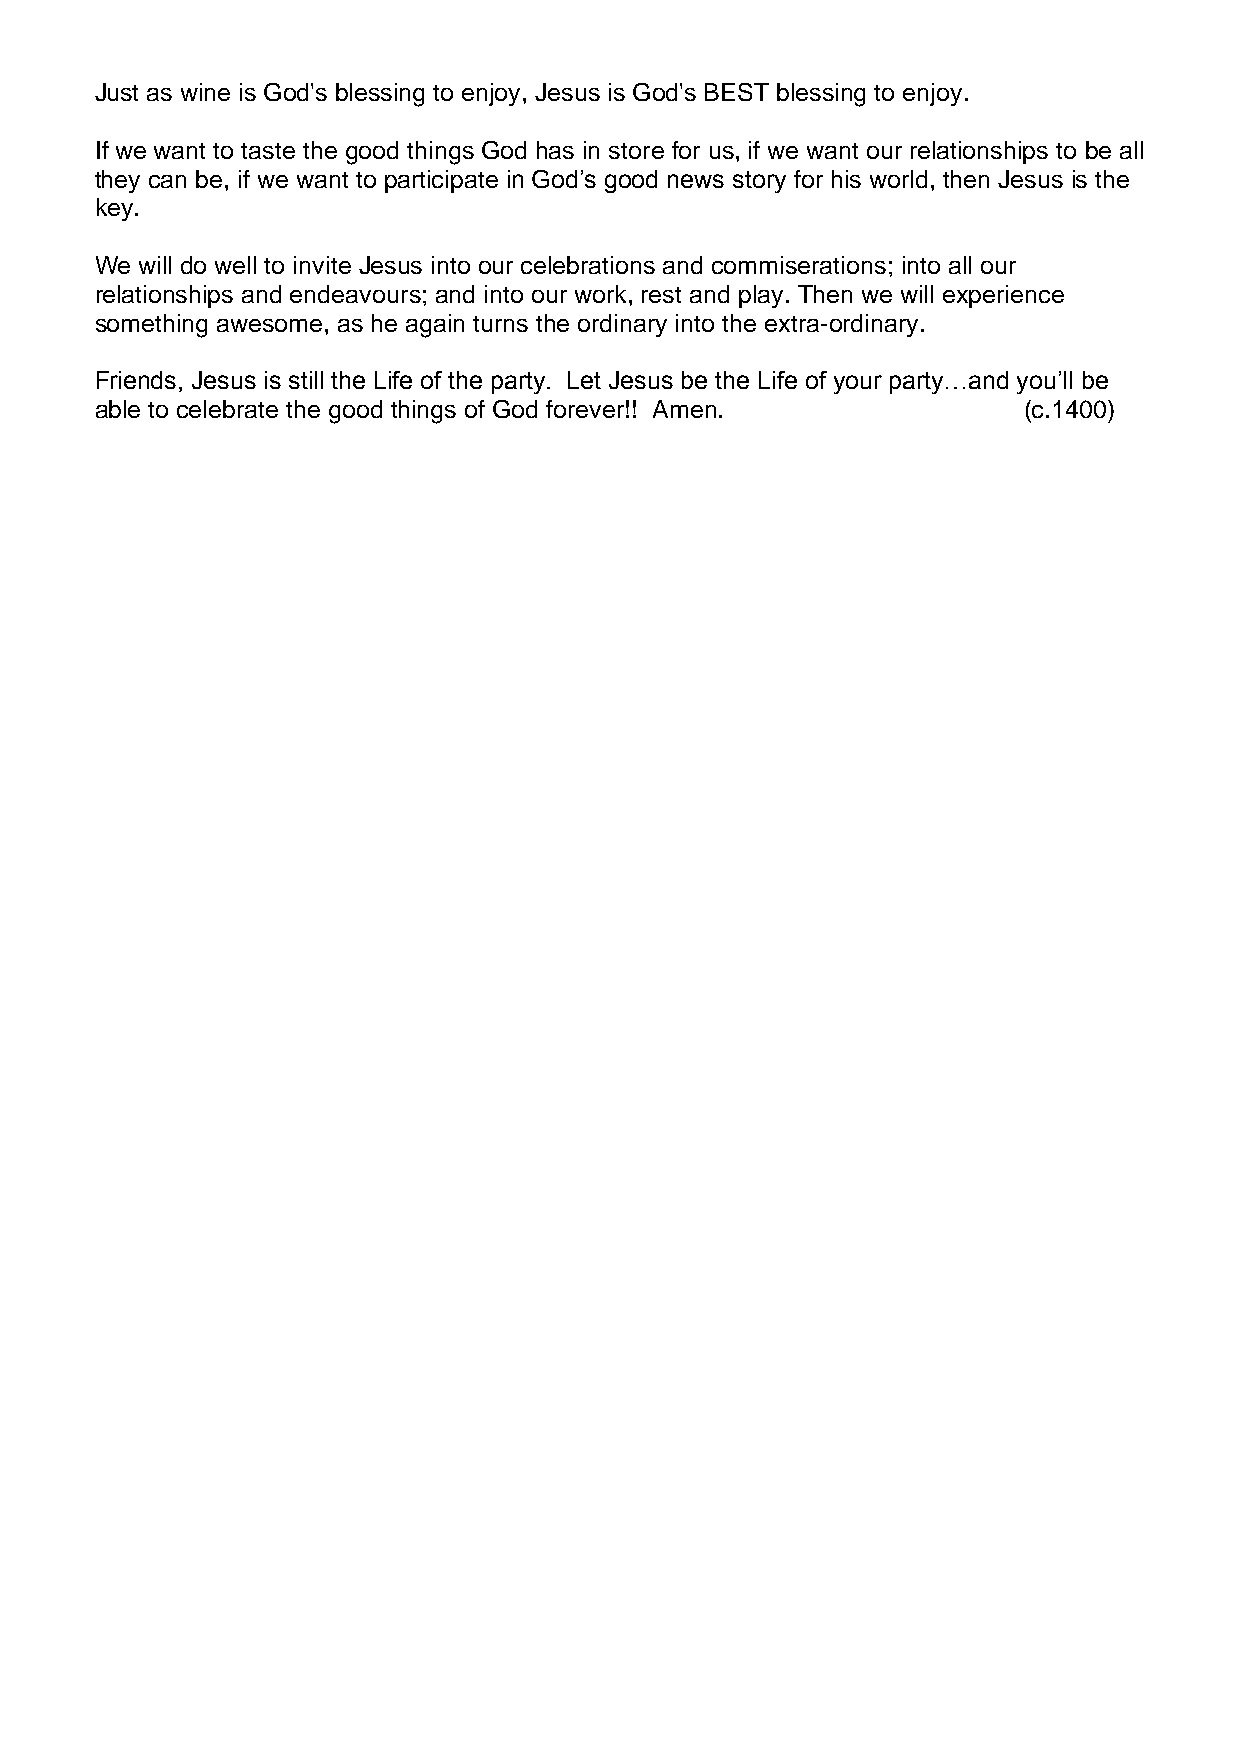
Just as wine is God's blessing to enjoy, Jesus is God's BEST blessing to enjoy.
 If we want to taste the good things God has in store for us, if we want our relationships to be all
 they can be, if we want to participate in God’s good news story for his world, then Jesus is the
 key.
 We will do well to invite Jesus into our celebrations and commiserations; into all our
 relationships and endeavours; and into our work, rest and play. Then we will experience
 something awesome, as he again turns the ordinary into the extra-ordinary.
 Friends, Jesus is still the Life of the party. Let Jesus be the Life of your party…and you’ll be
 able to celebrate the good things of God forever!! Amen.      (c.1400)